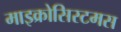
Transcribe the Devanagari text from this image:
माइक्रोसिस्टमस